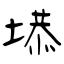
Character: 塨